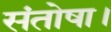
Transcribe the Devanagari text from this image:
संतोषा।